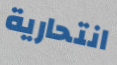
انتحارية